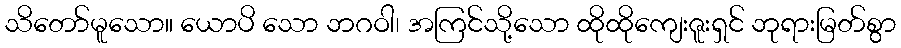
သိတော်မူသော။ ယောပိ သော ဘဂဝါ၊ အကြင်သို့သော ထိုထိုကျေးဇူးရှင် ဘုရားမြတ်စွာ